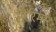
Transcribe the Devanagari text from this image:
नीरिमा